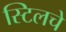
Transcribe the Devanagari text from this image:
स्टिलचे